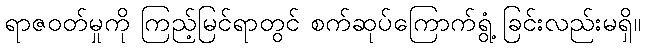
ရာဇဝတ်မှုကို ကြည့်မြင်ရာတွင် စက်ဆုပ်ကြောက်ရွံ့ ခြင်းလည်းမရှိ။